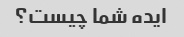
ایده شما چیست؟